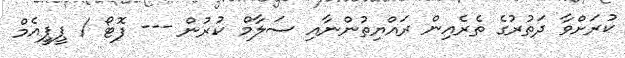
ކުރަށްވާ ދަތުރުގެ ތެރެއިން ރައްޔިތުންނާއި ސަލާމް ކުރުން --- ފޮޓޯ / ޕީޕީއެމް